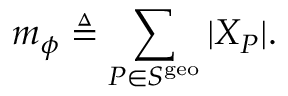
m _ { \phi } \triangleq \sum _ { P \in S ^ { \mathrm { g e o } } } | X _ { P } | .